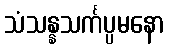
သံသန္နသင်္ကပ္ပမနော